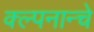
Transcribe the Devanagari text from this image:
क्ल्पनान्चे